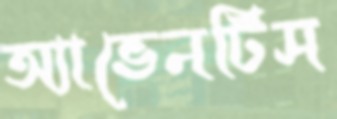
অ্যাভেনটিস